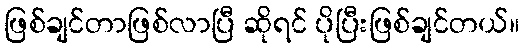
ဖြစ်ချင်တာဖြစ်လာပြီ ဆိုရင် ပိုပြီးဖြစ်ချင်တယ်။